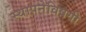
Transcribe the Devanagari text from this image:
स्थापनेविषयी